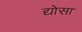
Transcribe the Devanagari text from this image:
द्योसा